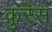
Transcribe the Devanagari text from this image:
कुरेस